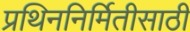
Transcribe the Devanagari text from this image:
प्रथिननिर्मितीसाठी